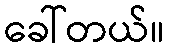
ခေါ်တယ်။